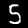
Label: 5